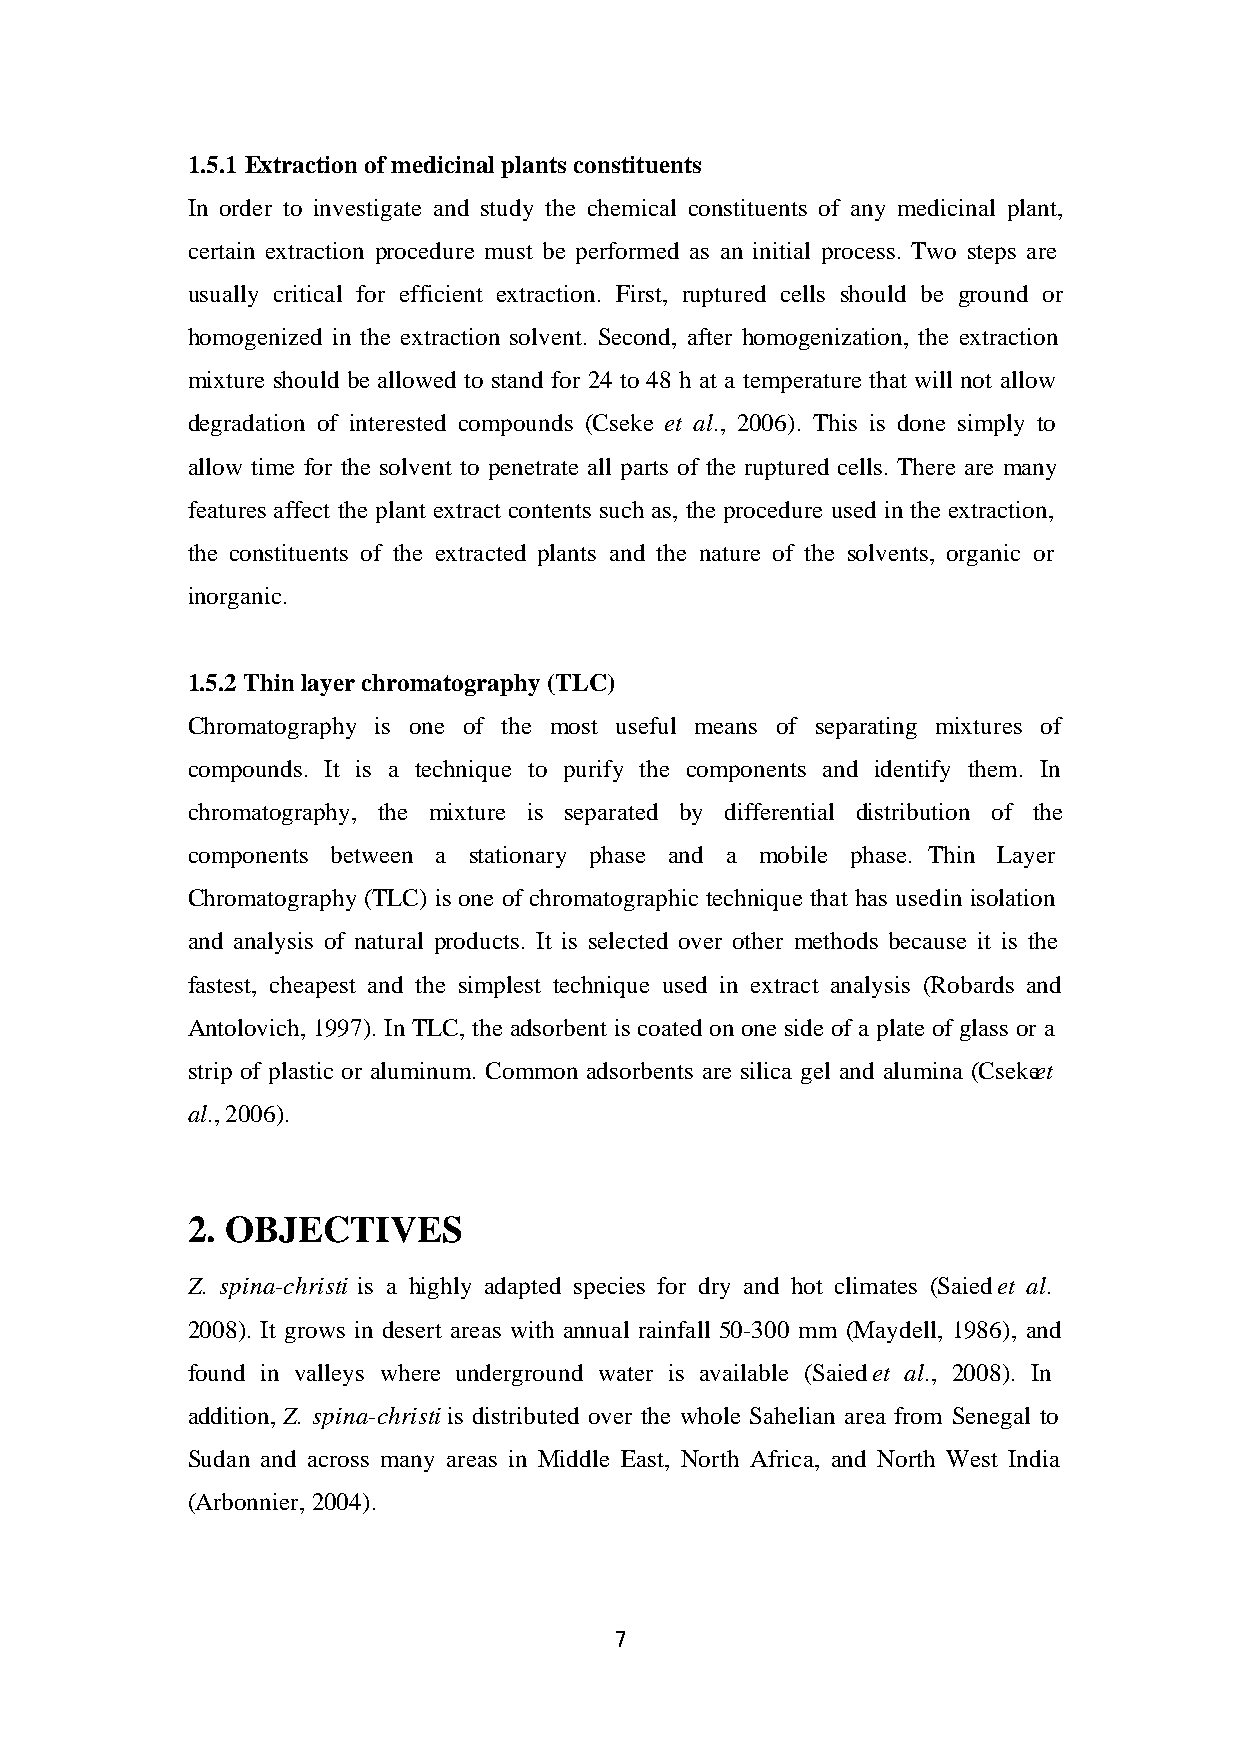
1.5.1 Extraction of medicinal plants constituents
 In order to investigate and study the chemical constituents of any medicinal plant,
 certain extraction procedure must be performed as an initial process. Two steps are
 usually critical for efficient extraction. First, ruptured cells should be ground or
 homogenized in the extraction solvent. Second, after homogenization, the extraction
 mixture should be allowed to stand for 24 to 48 h at a temperature that will not allow
 degradation of interested compounds (Cseke et al., 2006). This is done simply to
 allow time for the solvent to penetrate all parts of the ruptured cells. There are many
 features affect the plant extract contents such as, the procedure used in the extraction,
 the constituents of the extracted plants and the nature of the solvents, organic or
 inorganic.
 1.5.2 Thin layer chromatography (TLC)
 Chromatography is one of the most useful means of separating mixtures of
 compounds. It is a technique to purify the components and identify them. In
 chromatography, the mixture is separated by differential distribution of the
 components between a stationary phase and a mobile phase. Thin Layer
 Chromatography (TLC) is one of chromatographic technique that has used in isolation
 and analysis of natural products. It is selected over other methods because it is the
 fastest, cheapest and the simplest technique used in extract analysis (Robards and
 Antolovich, 1997). In TLC, the adsorbent is coated on one side of a plate of glass or a
 strip of plastic or aluminum. Common adsorbents are silica gel and alumina (Cseke et
 al., 2006).
 2. OBJECTIVES
 Z. spina-christi is a highly adapted species for dry and hot climates (Saied et al.
 2008). It grows in desert areas with annual rainfall 50-300 mm (Maydell, 1986), and
 found in valleys where underground water is available (Saied et al ., 2008). In
 addition, Z. spina-christi is distributed over the whole Sahelian area from Senegal to
 Sudan and across many areas in Middle East, North Africa, and North West India
 (Arbonnier, 2004).
 7